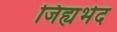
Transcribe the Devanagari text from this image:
जिह्यभेद